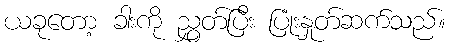
ယခုတော့ ခါးကို ညွှတ်ပြီး ပြုံးနှုတ်ဆက်သည်။